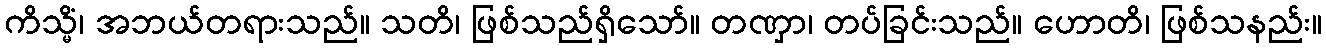
ကိသ္မိံ၊ အဘယ်တရားသည်။ သတိ၊ ဖြစ်သည်ရှိသော်။ တဏှာ၊ တပ်ခြင်းသည်။ ဟောတိ၊ ဖြစ်သနည်း။